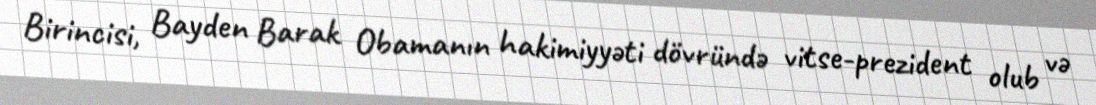
Birincisi, Bayden Barak Obamanın hakimiyyəti dövründə vitse-prezident olub və